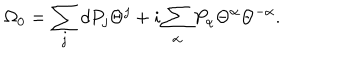
LaTeX: \Omega _ { 0 } = \sum _ { j } d P _ { j } \Theta ^ { j } + i \sum _ { \alpha } P _ { \alpha } \Theta ^ { \alpha } \Theta ^ { - \alpha } .